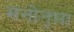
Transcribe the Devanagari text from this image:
मनोतृप्ता